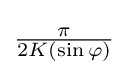
{\textstyle {\pi  \over 2K(\sin \varphi )}}